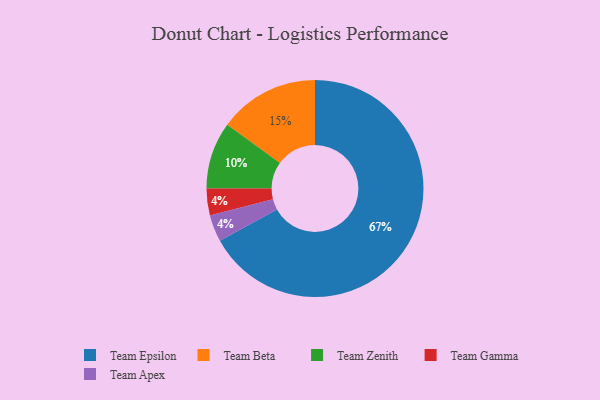
{"axis": {"x": "Category", "y": "Percentage"}, "legend": ["Team Apex", "Team Beta", "Team Epsilon", "Team Gamma", "Team Zenith"], "data": [{"x": "Team Gamma", "y": 4, "type": "Team Gamma"}, {"x": "Team Zenith", "y": 10, "type": "Team Zenith"}, {"x": "Team Epsilon", "y": 67, "type": "Team Epsilon"}, {"x": "Team Beta", "y": 15, "type": "Team Beta"}, {"x": "Team Apex", "y": 4, "type": "Team Apex"}]}